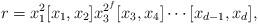
LaTeX: \begin{align*} r=x_1^2[x_1,x_2]x_3^{2^f}[x_3,x_4]\cdots[x_{d-1},x_d],\end{align*}